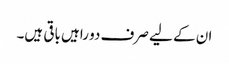
ان کے لیے صرف دو راہیں باقی ہیں۔